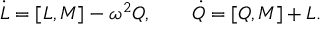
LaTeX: \dot { L } = [ L , M ] - \omega ^ { 2 } Q , \qquad \dot { Q } = [ Q , M ] + L .